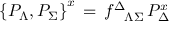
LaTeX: \left\{ { \cal P } _ { \Lambda } , { \cal P } _ { \Sigma } \right\} ^ { x } \, = \, f _ { \phantom { \Delta } \Lambda \Sigma } ^ { \Delta } \, { \cal P } _ { \Delta } ^ { x }